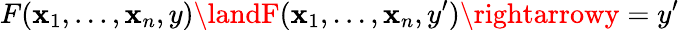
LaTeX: F(\mathbf{x}_{1},...,\mathbf{x}_{n},y)\landF(\mathbf{x}_{1},...,\mathbf{x}_{n},y^{\prime})\rightarrowy=y^{\prime}